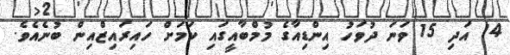
14 އަދި 15 ވަނަ ދުވަހު އިންޑިއާގެ މުމްބާއީގައި ކަމަށް ހައިރައިޒްއިން ބުނެއެވެ.